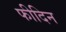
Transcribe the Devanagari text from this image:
फीदिन